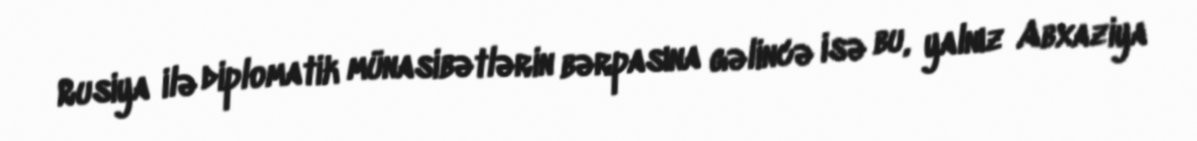
Rusiya ilə diplomatik münasibətlərin bərpasına gəlincə isə bu, yalnız Abxaziya